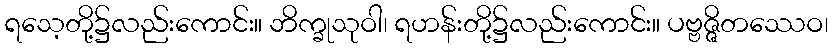
ရသေ့တို့၌လည်းကောင်း။ ဘိက္ခုသုဝါ၊ ရဟန်းတို့၌လည်းကောင်း။ ပဗ္ဗဇ္ဇိတဿေဝ၊